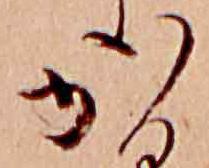
か